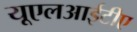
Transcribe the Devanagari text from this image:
यूएलआईटीए